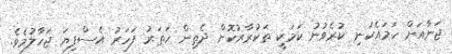
ޖަނާއަށް ހަމައެކަނި ކުރެވުނު ކަމަކީ ތަކުރާރުކޮށް ދެތިން ހަތަރު ފަހަރު އެސްފިޔަ ޖަހާލުމެވެ.